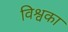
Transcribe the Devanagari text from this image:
विश्वका